Annual report of the Civil Veterinary Department, Bengal, for the year 1898-99 - 1898-1899
Year: 1898
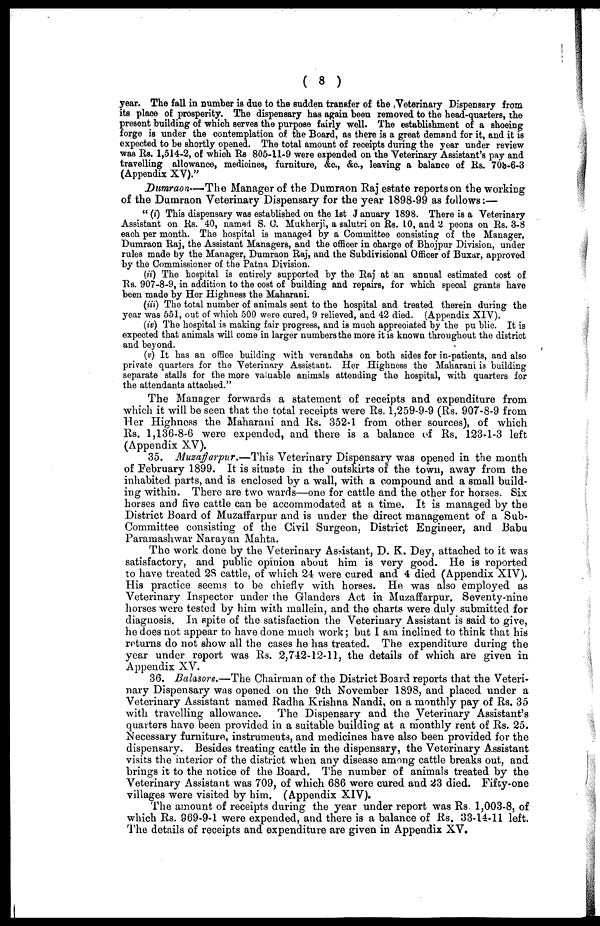
( 8 )
year. The fall in number is due to the sudden transfer of the Veterinary Dispensary from
its place of prosperity. The dispensary has again been removed to the head-quarters, the
present building of which serves the purpose fairly well. The establishment of a shoeing
forge is under the contemplation of the Board, as there is a great demand for it, and it is
expected to be shortly opened. The total amount of receipts during the year under review
was Rs. 1,514-2, of which Rs 805-11-9 were expended on the Veterinary Assistant's pay and
travelling allowance, medicines, furniture, &c., &c., leaving a balance of Rs. 708-6-3
(Appendix XV)."
Dumraon—'The
Manager of the Dumraon Raj estate reports on the working
of the Dumraon Veterinary Dispensary for the year 1898-99 as follows:—
" (i) This dispensary was established on the 1st January 1898. There is a Veterinary
Assistant on Rs. 40, named S. C. Mukherji, a salutri on Rs. 10, and 2 peons on Rs. 3-8
each per month. The hospital is managed by a Committee consisting of the Manager,
Dumraon Raj, the Assistant Managers, and the officer in charge of Bhojpur Division, under
rules made by the Manager, Dumraon Raj, and the Subdivisional Officer of Buxar, approved
by the Commissioner of the Patna Division.
(ii) The hospital is entirely supported by the Raj at an annual estimated cost of
Rs. 907-8-9, in addition to the cost of building and repairs, for which specal grants have
been made by Her Highness the Maharani.
(iii) The total number of animals sent to the hospital and treated therein during the
year was 551, out of which 500 were cured, 9 relieved, and 42 died. (Appendix XIV).
(iv) The hospital is making fair progress, and is much appreciated by the public. It is
expected that animals will come in larger numbers the more it is known throughout the district
and beyond.
(v) It has an office building with verandahs on both sides for in-patients, and also
private quarters for the Veterinary Assistant. Her Highness the Maharani is building
separate stalls for the more valuable animals attending the hospital, with quarters for
the attendants attached."
The Manager forwards a statement of receipts and expenditure from
which it will be seen that the total receipts were Rs. 1,259-9-9 (Rs. 907-8-9 from
Her Highness the Maharani and Rs. 352-1 from other sources), of which
Rs. 1,136-8-6 were expended, and there is a balance of Rs. 123-1-3 left
(Appendix XV).
35. Muzaffarpur.—This
Veterinary Dispensary was opened in the month
of February 1899. It is situate in the outskirts of the town, away from the
inhabited parts, and is enclosed by a wall, with a compound and a small build-
ing within. There are two wards—one for cattle and the other for horses. Six
horses and five cattle can be accommodated at a time. It is managed by the
District Board of Muzaffarpur and is under the direct management of a Sub-
Committee consisting of the Civil Surgeon, District Engineer, and Babu
Paramashwar Narayan Mahta.
The work done by the Veterinary Assistant, D. K. Dey, attached to it was
satisfactory, and public opinion about him is very good. He is reported
to have treated 2S cattle, of which 24 were cured and 4 died (Appendix XIV).
His practice seems to be chiefly with horses. He was also employed as
Veterinary Inspector under the Glanders Act in Muzaffarpur. Seventy-nine
horses were tested by him with mallein, and the charts were duly submitted for
diagnosis. In spite of the satisfaction the Veterinary Assistant is said to give,
he does not appear to have done much work; but I am inclined to think that his
returns do not show all the cases he has treated. The expenditure during the
year under report was Rs. 2,742-12-11, the details of which are given in
Appendix XV.
36. Balasore.—The Chairman of the District Board reports that the Veteri-
nary Dispensary was opened on the 9th November 1898, and placed under a
Veterinary Assistant named Radha Krishna Nandi, on a monthly pay of Rs. 35
with travelling allowance.
The Dispensary and the Veterinary Assistant's
quarters have been provided in a suitable building at a monthly rent of Rs. 25.
Necessary furniture, instruments, and medicines have also been provided for the
dispensary. Besides treating cattle in the dispensary, the Veterinary Assistant
visits the interior of the district when any disease among cattle breaks out, and
brings it to the notice of the Board. The number of animals treated by the
Veterinary Assistant was 709, of which 686 were cured and 23 died. Fifty-one
villages were visited by him. (Appendix XIV).
The amount of receipts during the year under report was Rs. 1,003-8, of
which Rs. 969-9-1 were expended, and there is a balance of Rs. 83-14-11 left.
The details of receipts and expenditure are given in Appendix XV.